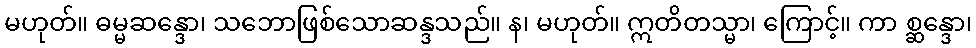
မဟုတ်။ ဓမ္မဆန္ဒော၊ သဘောဖြစ်သောဆန္ဒသည်။ န၊ မဟုတ်။ ဣတိတသ္မာ၊ ကြောင့်။ ကာ စ္ဆန္ဒော၊